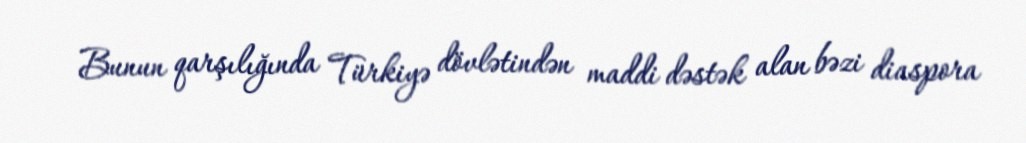
Bunun qarşılığında Türkiyə dövlətindən maddi dəstək alan bəzi diaspora